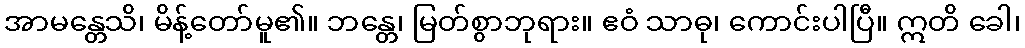
အာမန္တေသိ၊ မိန့်တော်မူ၏။ ဘန္တေ၊ မြတ်စွာဘုရား။ ဧဝံ သာဓု၊ ကောင်းပါပြီ။ ဣတိ ခေါ၊